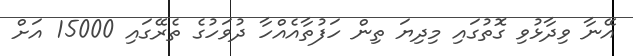
އޭނާ ވިދާޅުވި ގޮތުގައި މިދިޔަ ތިން ހަފުތާއެއްހާ ދުވަހުގެ ތެރޭގައި 15000 އަށް